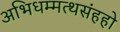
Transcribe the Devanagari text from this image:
अभिधम्मत्थसंहहो